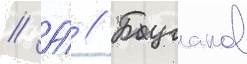
// А́ // Бугаков